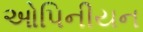
ઓપિનીયન